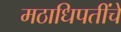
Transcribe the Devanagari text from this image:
मठाधिपतींचे